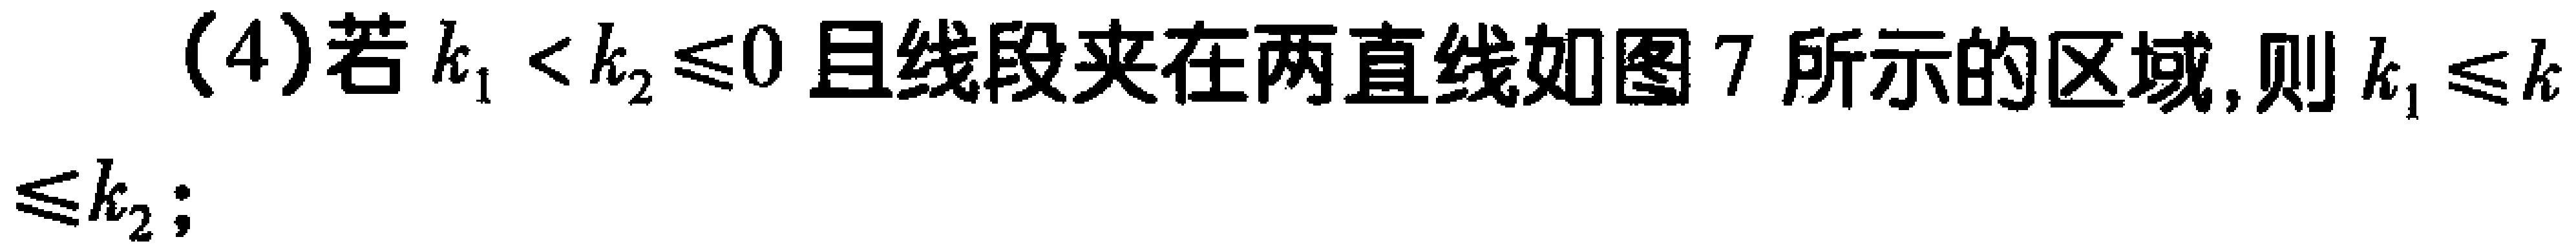
(4)若\(k_{1}<k_{2}\leq0\)且线段夹在两直线如图7所示的区域,则\(k_{1}\leq k\leq k_{2}\);